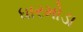
ધારમોડા